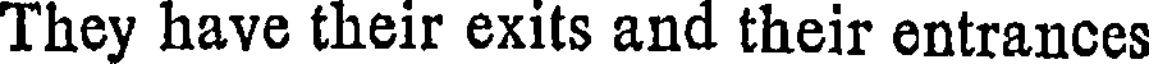
They have their exits and their entrances